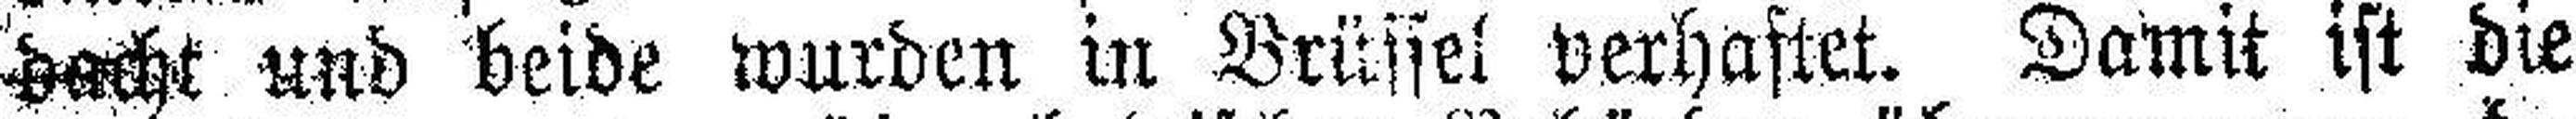
dacht und beide wurden in Brüssel verhaftet. Damit ist die